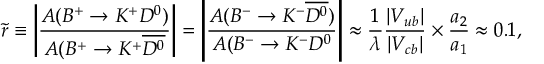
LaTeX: \tilde { r } \equiv \left| \frac { A ( B ^ { + } \to K ^ { + } D ^ { 0 } ) } { A ( B ^ { + } \to K ^ { + } \overline { { { D ^ { 0 } } } } } \right| = \left| \frac { A ( B ^ { - } \to K ^ { - } \overline { { { D ^ { 0 } } } } ) } { A ( B ^ { - } \to K ^ { - } D ^ { 0 } } \right| \approx \frac { 1 } { \lambda } \frac { | V _ { u b } | } { | V _ { c b } | } \times \frac { a _ { 2 } } { a _ { 1 } } \approx 0 . 1 ,